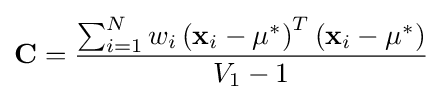
\mathbf {C} ={\frac {\sum _{i=1}^{N}w_{i}\left(\mathbf {x} _{i}-\mu ^{*}\right)^{T}\left(\mathbf {x} _{i}-\mu ^{*}\right)}{V_{1}-1}}